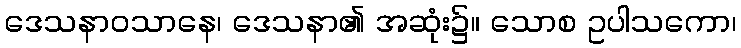
ဒေသနာဝသာနေ၊ ဒေသနာ၏ အဆုံး၌။ သောစ ဥပါသကော၊